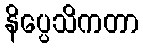
နိပ္ပေသိကတာ